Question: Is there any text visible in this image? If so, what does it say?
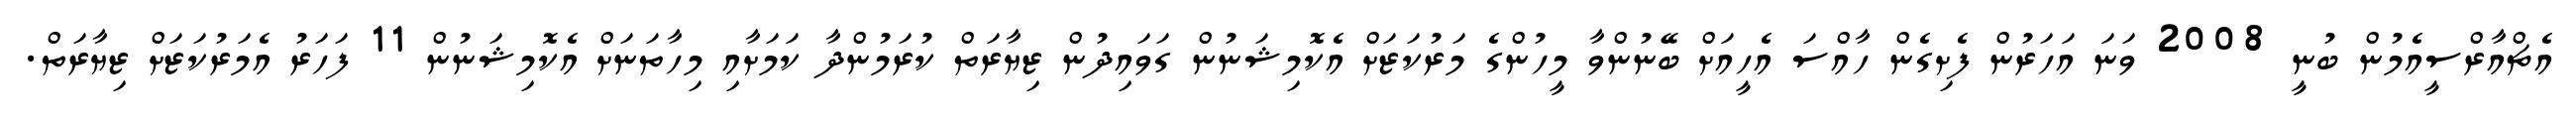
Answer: އެޗްއާރްސީއެމުން ބުނީ 2008 ވަނަ އަހަރުން ފެށިގެން ހާއްސަ އެހީއަށް ބޭނުންވާ މީހުންގެ މަރުކަޒަށް އެކޮމިޝަނުން ގަވައިދުން ޒިޔާރަތް ކުރަމުންދާ ކަމަށާއި މިހާތަނަށް އެކޮމިޝަނުން 11 ފަހަރު އެމަރުކަޒަށް ޒިޔާރަތް.